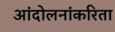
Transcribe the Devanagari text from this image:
आंदोलनांकरिता